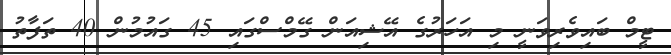
ޓީމް ބައިވެރިވަނީ މި އަހަރުގެ އޭޝިއަން ގޭމްސްގައި 45 ގައުމުން 40 ތަފާތު